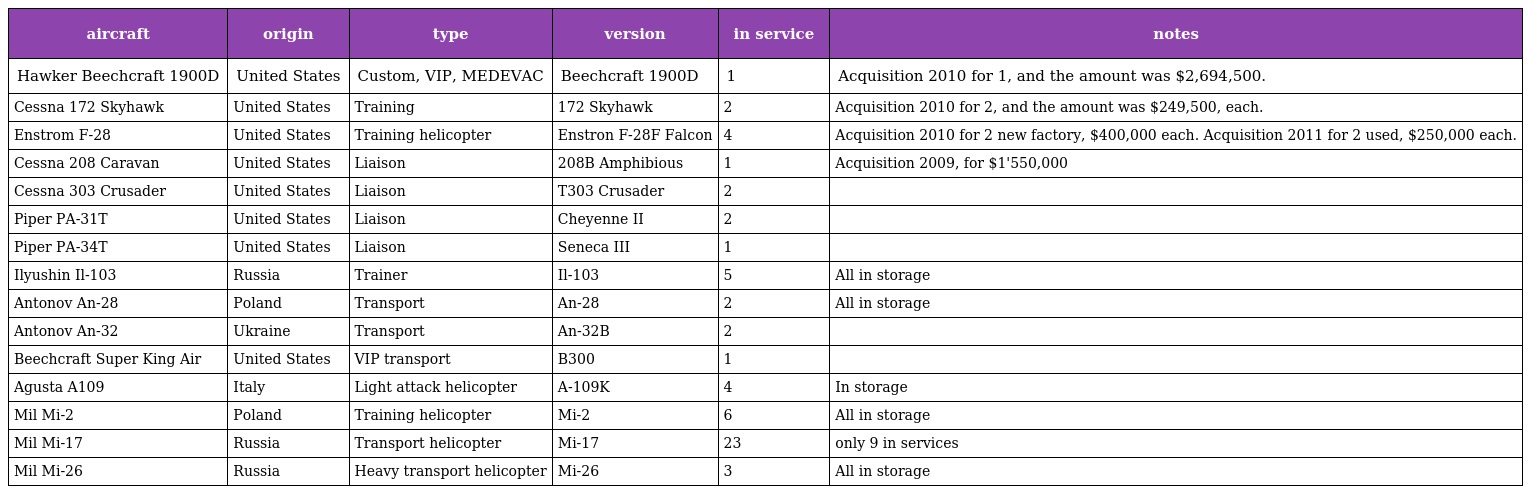
| aircraft | origin | type | version | in service | notes |
 | --- | --- | --- | --- | --- | --- |
 | Hawker Beechcraft 1900D | United States | Custom, VIP, MEDEVAC | Beechcraft 1900D | 1 | Acquisition 2010 for 1, and the amount was $2,694,500. |
 | Cessna 172 Skyhawk | United States | Training | 172 Skyhawk | 2 | Acquisition 2010 for 2, and the amount was $249,500, each. |
 | Enstrom F-28 | United States | Training helicopter | Enstron F-28F Falcon | 4 | Acquisition 2010 for 2 new factory, $400,000 each. Acquisition 2011 for 2 used, $250,000 each. |
 | Cessna 208 Caravan | United States | Liaison | 208B Amphibious | 1 | Acquisition 2009, for $1'550,000 |
 | Cessna 303 Crusader | United States | Liaison | T303 Crusader | 2 |  |
 | Piper PA-31T | United States | Liaison | Cheyenne II | 2 |  |
 | Piper PA-34T | United States | Liaison | Seneca III | 1 |  |
 | Ilyushin Il-103 | Russia | Trainer | Il-103 | 5 | All in storage |
 | Antonov An-28 | Poland | Transport | An-28 | 2 | All in storage |
 | Antonov An-32 | Ukraine | Transport | An-32B | 2 |  |
 | Beechcraft Super King Air | United States | VIP transport | B300 | 1 |  |
 | Agusta A109 | Italy | Light attack helicopter | A-109K | 4 | In storage |
 | Mil Mi-2 | Poland | Training helicopter | Mi-2 | 6 | All in storage |
 | Mil Mi-17 | Russia | Transport helicopter | Mi-17 | 23 | only 9 in services |
 | Mil Mi-26 | Russia | Heavy transport helicopter | Mi-26 | 3 | All in storage |